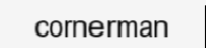
cornerman